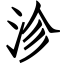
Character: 沴